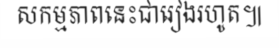
សកម្មភាពនេះជារៀងរហូត៕